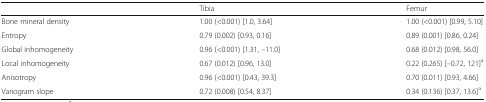
|  | Tibia | Femur |
 | --- | --- | --- |
 | Bone mineral density | 1.00 (<0.001) [1.0, 3.64] | 1.00 (<0.001) [0.99, 5.10] |
 | Entropy | 0.79 (0.002) [0.93, 0.16] | 0.89 (0.001) [0.86, 0.24] |
 | Global inhomogeneity | 0.96 (<0.001) [1.31, –11.0] | 0.68 (0.012) [0.98, 56.0] |
 | Local inhomogeneity | 0.67 (0.012) [0.96, 13.0] | 0.22 (0.265) [–0.72, 121]a |
 | Anisotropy | 0.96 (<0.001) [0.43, 39.3] | 0.70 (0.011) [0.93, 4.66] |
 | Variogram slope | 0.72 (0.008) [0.54, 8.37] | 0.34 (0.136) [0.37, 13.6]a |